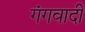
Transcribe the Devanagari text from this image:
गंगवादी